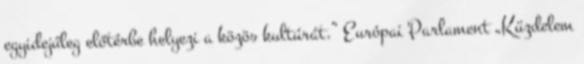
egyidejűleg előtérbe helyezi a közös kultúrát.” Európai Parlament „Küzdelem